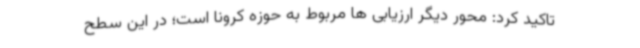
تاکید کرد: محور دیگر ارزیابی ها مربوط به حوزه کرونا است؛ در این سطح